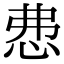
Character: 𢘍